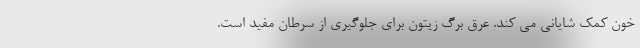
خون کمک شایانی می کند. عرق برگ زیتون برای جلوگیری از سرطان مفید است.